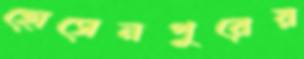
হোসেনপুরের